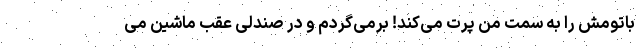
باتومش را به سمت من پرت می‌کند! برمی‌گردم و در صندلی عقب ماشین می